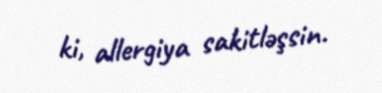
ki, allergiya sakitləşsin.